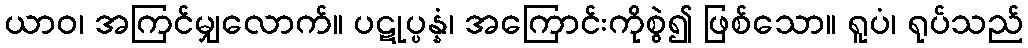
ယာဝ၊ အကြင်မျှလောက်။ ပဋုပ္ပန္နံ၊ အကြောင်းကိုစွဲ၍ ဖြစ်သော။ ရူပံ၊ ရုပ်သည်